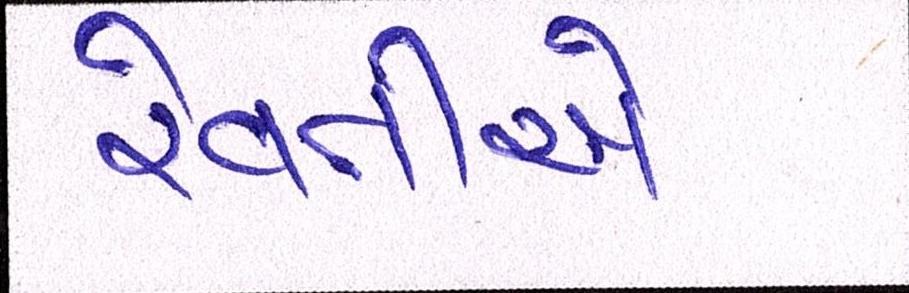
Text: રેવતીએ